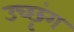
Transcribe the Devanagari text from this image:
उच्छृंग